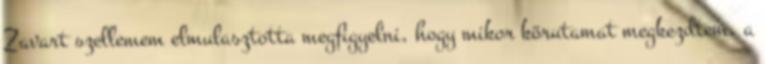
Zavart szellemem elmulasztotta megfigyelni, hogy mikor körutamat megkezdtem, a